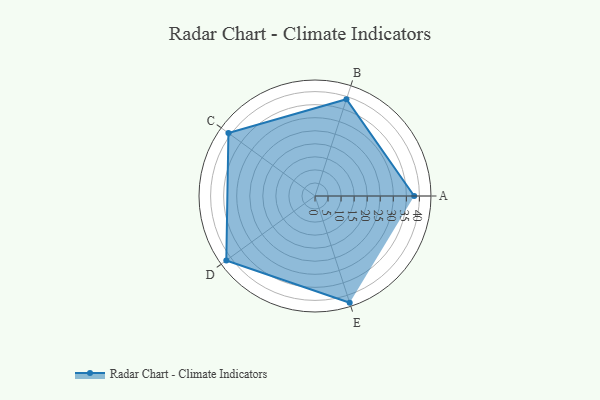
{"axis": {"x": "Skill", "y": "Score"}, "legend": ["Profile"], "data": [{"x": "A", "y": 38.0, "type": "Profile"}, {"x": "B", "y": 39.0, "type": "Profile"}, {"x": "C", "y": 41.0, "type": "Profile"}, {"x": "D", "y": 42.0, "type": "Profile"}, {"x": "E", "y": 43.0, "type": "Profile"}]}